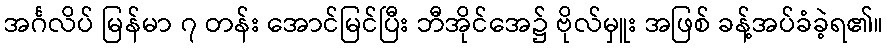
အင်္ဂလိပ် မြန်မာ ၇ တန်း အောင်မြင်ပြီး ဘီအိုင်အေ၌ ဗိုလ်မှူး အဖြစ် ခန့်အပ်ခံခဲ့ရ၏။